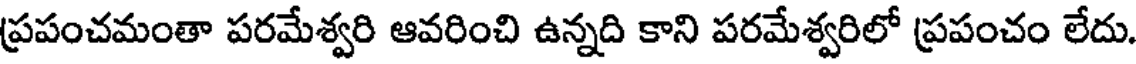
ప్రపంచమంతా పరమేశ్వరి ఆవరించి ఉన్నది కాని పరమేశ్వరిలో ప్రపంచం లేదు.